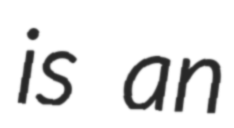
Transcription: is an